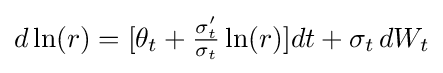
{\textstyle d\ln(r)=[\theta _{t}+{\frac {\sigma '_{t}}{\sigma _{t}}}\ln(r)]dt+\sigma _{t}\,dW_{t}}